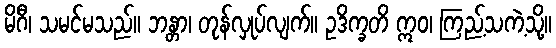
မိဂီ၊ သမင်မသည်။ ဘန္တာ၊ တုန်လှုပ်လျက်။ ဥဒိက္ခတိ ဣဝ၊ ကြည့်သကဲ့သို့။